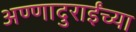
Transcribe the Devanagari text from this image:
अण्णादुराईंच्या